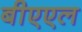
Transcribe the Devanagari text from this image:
बीएएल